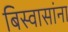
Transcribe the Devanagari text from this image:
बिस्वासांना